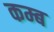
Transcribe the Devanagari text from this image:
कम्ब